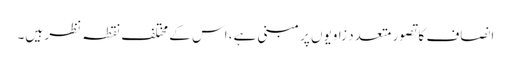
انصاف کا تصور متعدد زاویوں پر مبنی ہے، اس کے مختلف نقطہ نظر ہیں۔